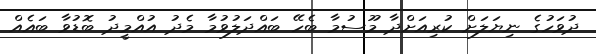
ދުވަހުގެ ނިޔަލަށް ކުރިއަށްދާ މޫސުމާ ބެހޭ ބައްދަލުވުމާ މެދު އުއްމީދު ބޮޑުވާ ބައެއް